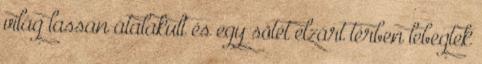
világ lassan átalakult és egy sötét elzárt térben lebegtek